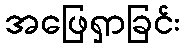
အဖြေရှာခြင်း